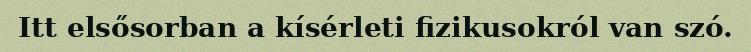
Itt elsősorban a kísérleti fizikusokról van szó.